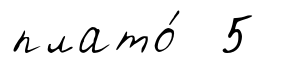
плато́ 5